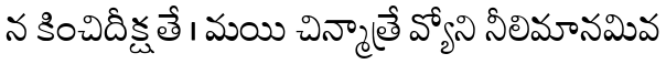
న కించిదీక్షతే । మయి చిన్మాత్రే వ్యోని నీలిమానమివ